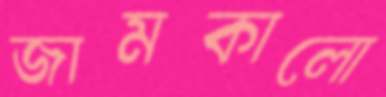
জামকালো